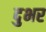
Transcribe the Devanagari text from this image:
दुभर